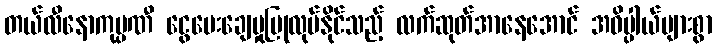
တယ်လီနောကုမ္ပဏီ ငွေပေးချေမှုပြုလုပ်နိုင်သည့် လက်ဆုတ်အာနေအောင် အဓိပ္ပါယ်များစွာ